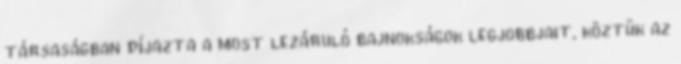
társaságban díjazta a most lezáruló bajnokságok legjobbjait, köztük az